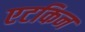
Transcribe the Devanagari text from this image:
एटकिन